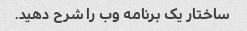
ساختار یک برنامه وب را شرح دهید.